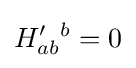
H'_{ab}{}^{b}=0